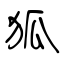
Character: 狐